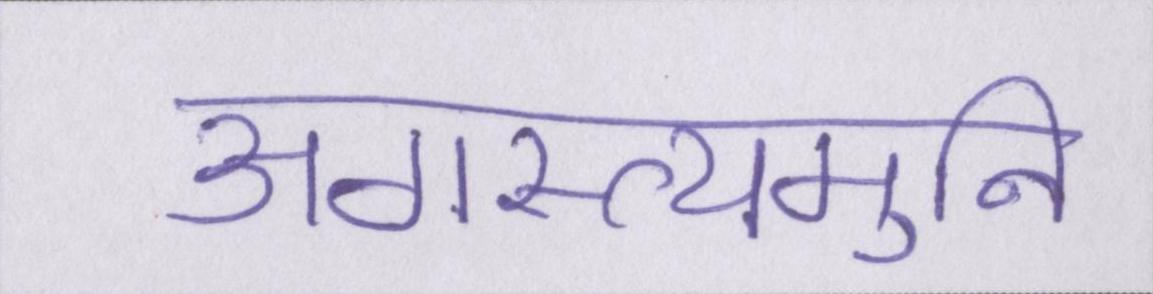
अगस्त्यमुनि